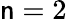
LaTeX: \mathsf{n}=2